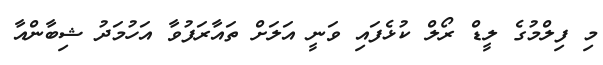
މި ފިލްމުގެ ލީޑް ރޯލް ކުޅެފައި ވަނީ އަލަށް ތައާރަފުވާ އަހުމަދު ޝިބާންއާ